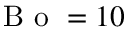
\mathrm { ~ B ~ o ~ } = 1 0